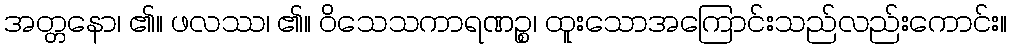
အတ္တနော၊ ၏။ ဖလဿ၊ ၏။ ဝိသေသကာရဏဉ္စ၊ ထူးသောအကြောင်းသည်လည်းကောင်း။